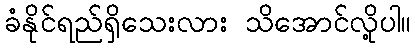
ခံနိုင်ရည်ရှိသေးလား သိအောင်လို့ပါ။